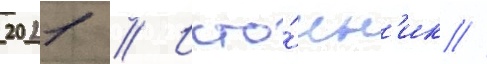
2021 // Исто́чн'ик //